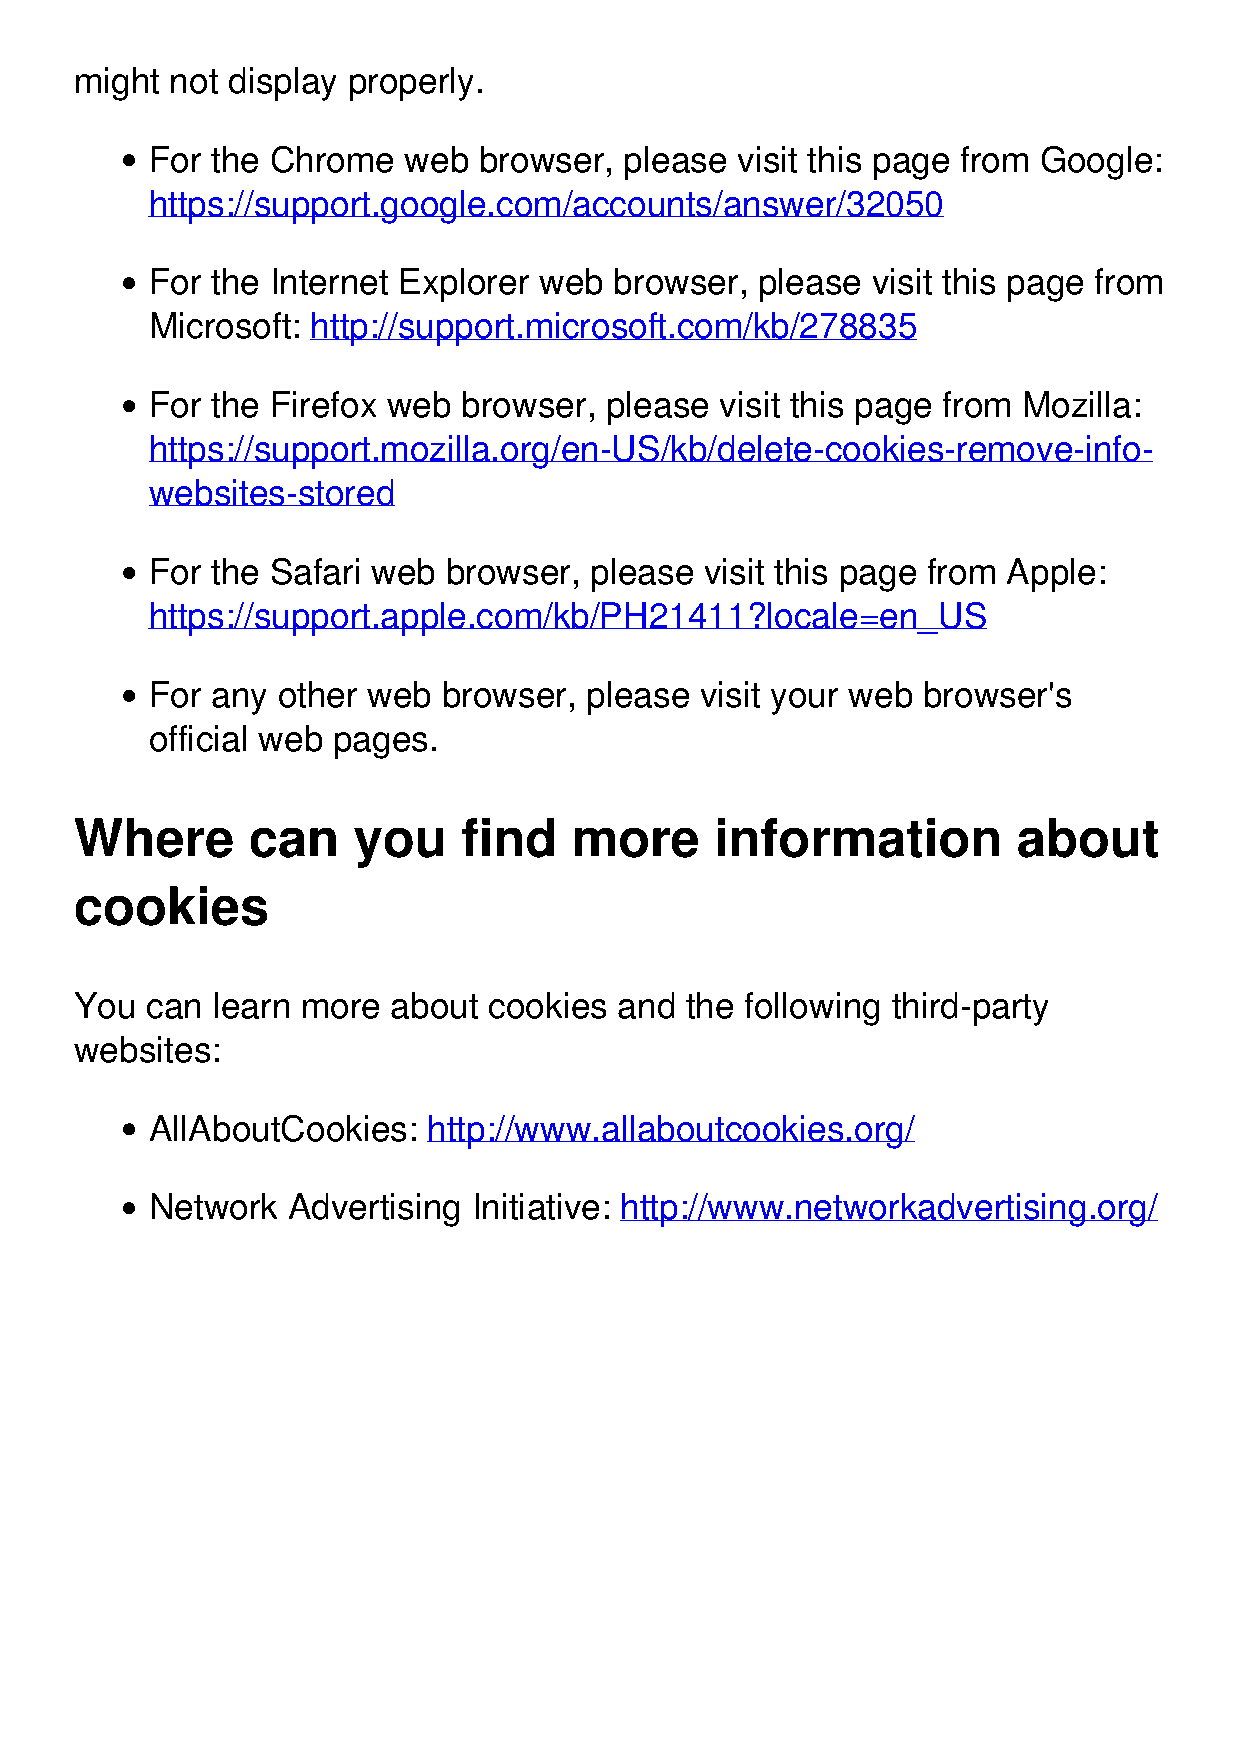
might not display properly.
 For the Chrome   web  browser, please  visit this page from Google:
 https://support.google.com/accounts/answer/32050
 For the Internet Explorer web  browser, please  visit this page from
 Microsoft: http://support.microsoft.com/kb/278835
 For the Firefox web  browser, please  visit this page from Mozilla:
 https://support.mozilla.org/en-US/kb/delete-cookies-remove-info-
 websites-stored
 For the Safari web browser,  please  visit this page from Apple:
 https://support.apple.com/kb/PH21411?locale=en_US
 For any other web  browser,  please visit your web browser's
 official web pages.
 Where      can    you     find   more     information         about
 cookies
 You  can learn more  about cookies  and the following third-party
 websites:
 AllAboutCookies:  http://www.allaboutcookies.org/
 Network  Advertising Initiative: http://www.networkadvertising.org/